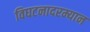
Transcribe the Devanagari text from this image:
विघटनादरम्यान